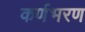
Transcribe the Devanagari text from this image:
कर्णभरण